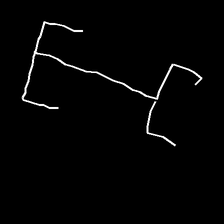
Glyph: entwine